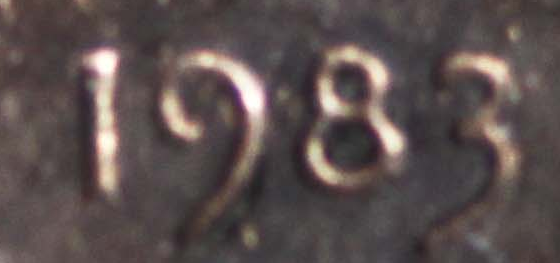
1983